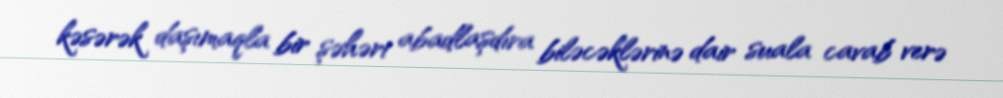
kəsərək daşımaqla bir şəhəri abadlaşdıra biləcəklərinə dair suala cavab verə